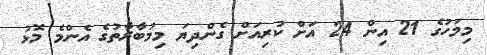
މިމަހުގެ 21 އިން 24 އަށް ކުރިއަށް ގެންދިޔަ މިމުބާރާތުގެ އެންމެ މޮޅު